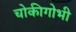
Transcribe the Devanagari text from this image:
चोकीगोभी